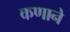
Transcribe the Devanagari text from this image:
कणाने